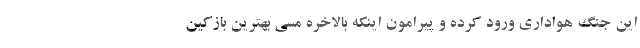
این جنگ هواداری ورود کرده و پیرامون اینکه بالاخره مسی بهترین بازکین